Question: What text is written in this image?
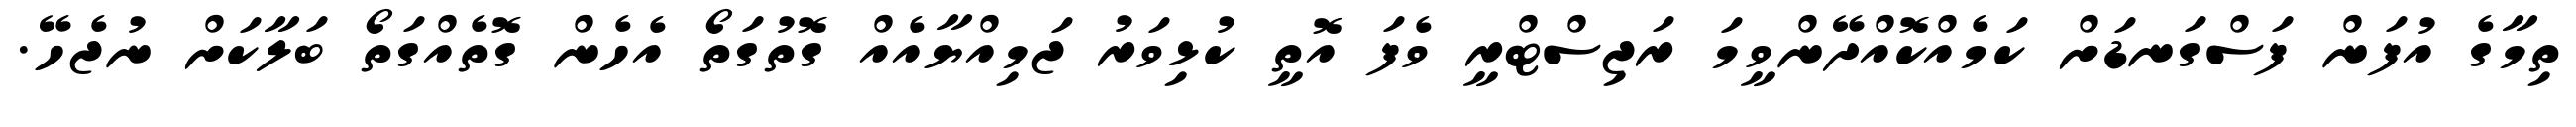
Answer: ތިމާގެ އުފަން ފަސްގަނޑަށް ކަމެއްކޮއްދޭންވީމަ ރަޖިސްޓްރީ ވެފަ އޮތީ ކުޅިވަރު ޖަމިއްޔާއެއް ގޮތުގަތޯ އެހެން ގޮތެއްގަތޯ ބަލާކަށް ނުޖެހޭ.